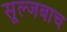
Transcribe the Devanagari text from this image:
सूल्जबाच